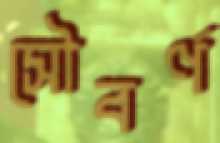
সৌবর্ণ